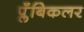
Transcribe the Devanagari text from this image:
प्लँबिकलर